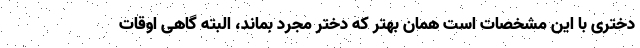
دختری با این مشخصات است همان بهتر که دختر مجرد بماند، البته گاهی اوقات